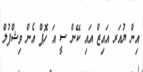
އިން ޔުއަރ އައިޒް އައި ކޭން ސީ އަ ހޮޕް އެން ވިޝްފުލް